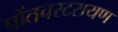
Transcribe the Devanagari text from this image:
पोंतचरटरायण